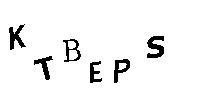
KTBEPS